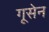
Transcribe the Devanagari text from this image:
गूसेन